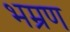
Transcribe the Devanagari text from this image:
भम्रण